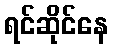
ရင်ဆိုင်နေ